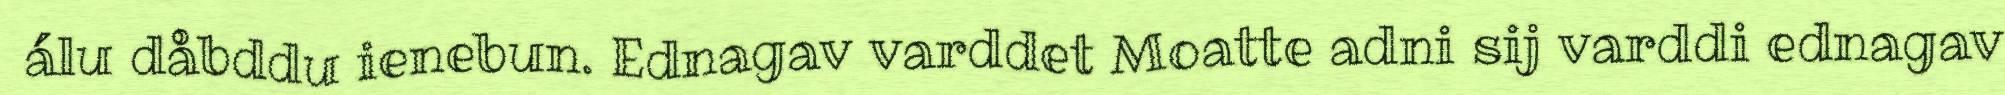
álu dåbddu ienebun. Ednagav varddet Moatte adni sij varddi ednagav